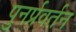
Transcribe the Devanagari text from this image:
पुनर्प्रवर्तन